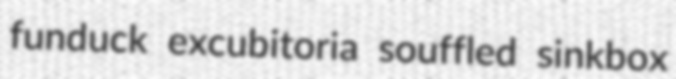
funduck excubitoria souffled sinkbox